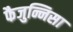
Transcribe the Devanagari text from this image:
फैजुन्निसा